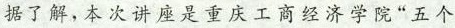
据了解，本次讲座是重庆工商经济学院“五个